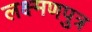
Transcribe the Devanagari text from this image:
लक्ष्मणपुत्र